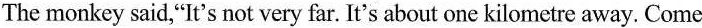
The monkey said,"It's not very far. It's about one kilometre away. Come